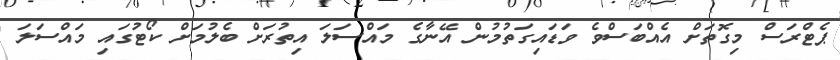
ޕެޓްރަސް މިގޮތަށް އެއްބަސްވެ ވަޑައިގަތުމުން އޭނާގެ މައްސަލަ އިތުރަށް ބެލުމަށް ކޯޓުގައި މައްސަލަ